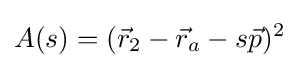
A(s)=({\vec {r}}_{2}-{\vec {r}}_{a}-s{\vec {p}})^{2}